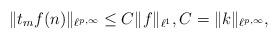
LaTeX: \begin{align*} \Vert t_mf(n)\Vert_{{\ell}^{p,\infty}} \leq C\Vert f\Vert_{\ell^1}, C=\Vert k \Vert_{\ell^{p,\infty}}, \end{align*}